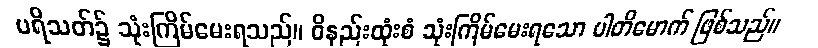
ပရိသတ်၌ သုံးကြိမ်မေးရသည်။ ဝိနည်းထုံးစံ သုံးကြိမ်မေးရသော ပါတိမောက် ဖြစ်သည်။